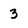
Character: 3